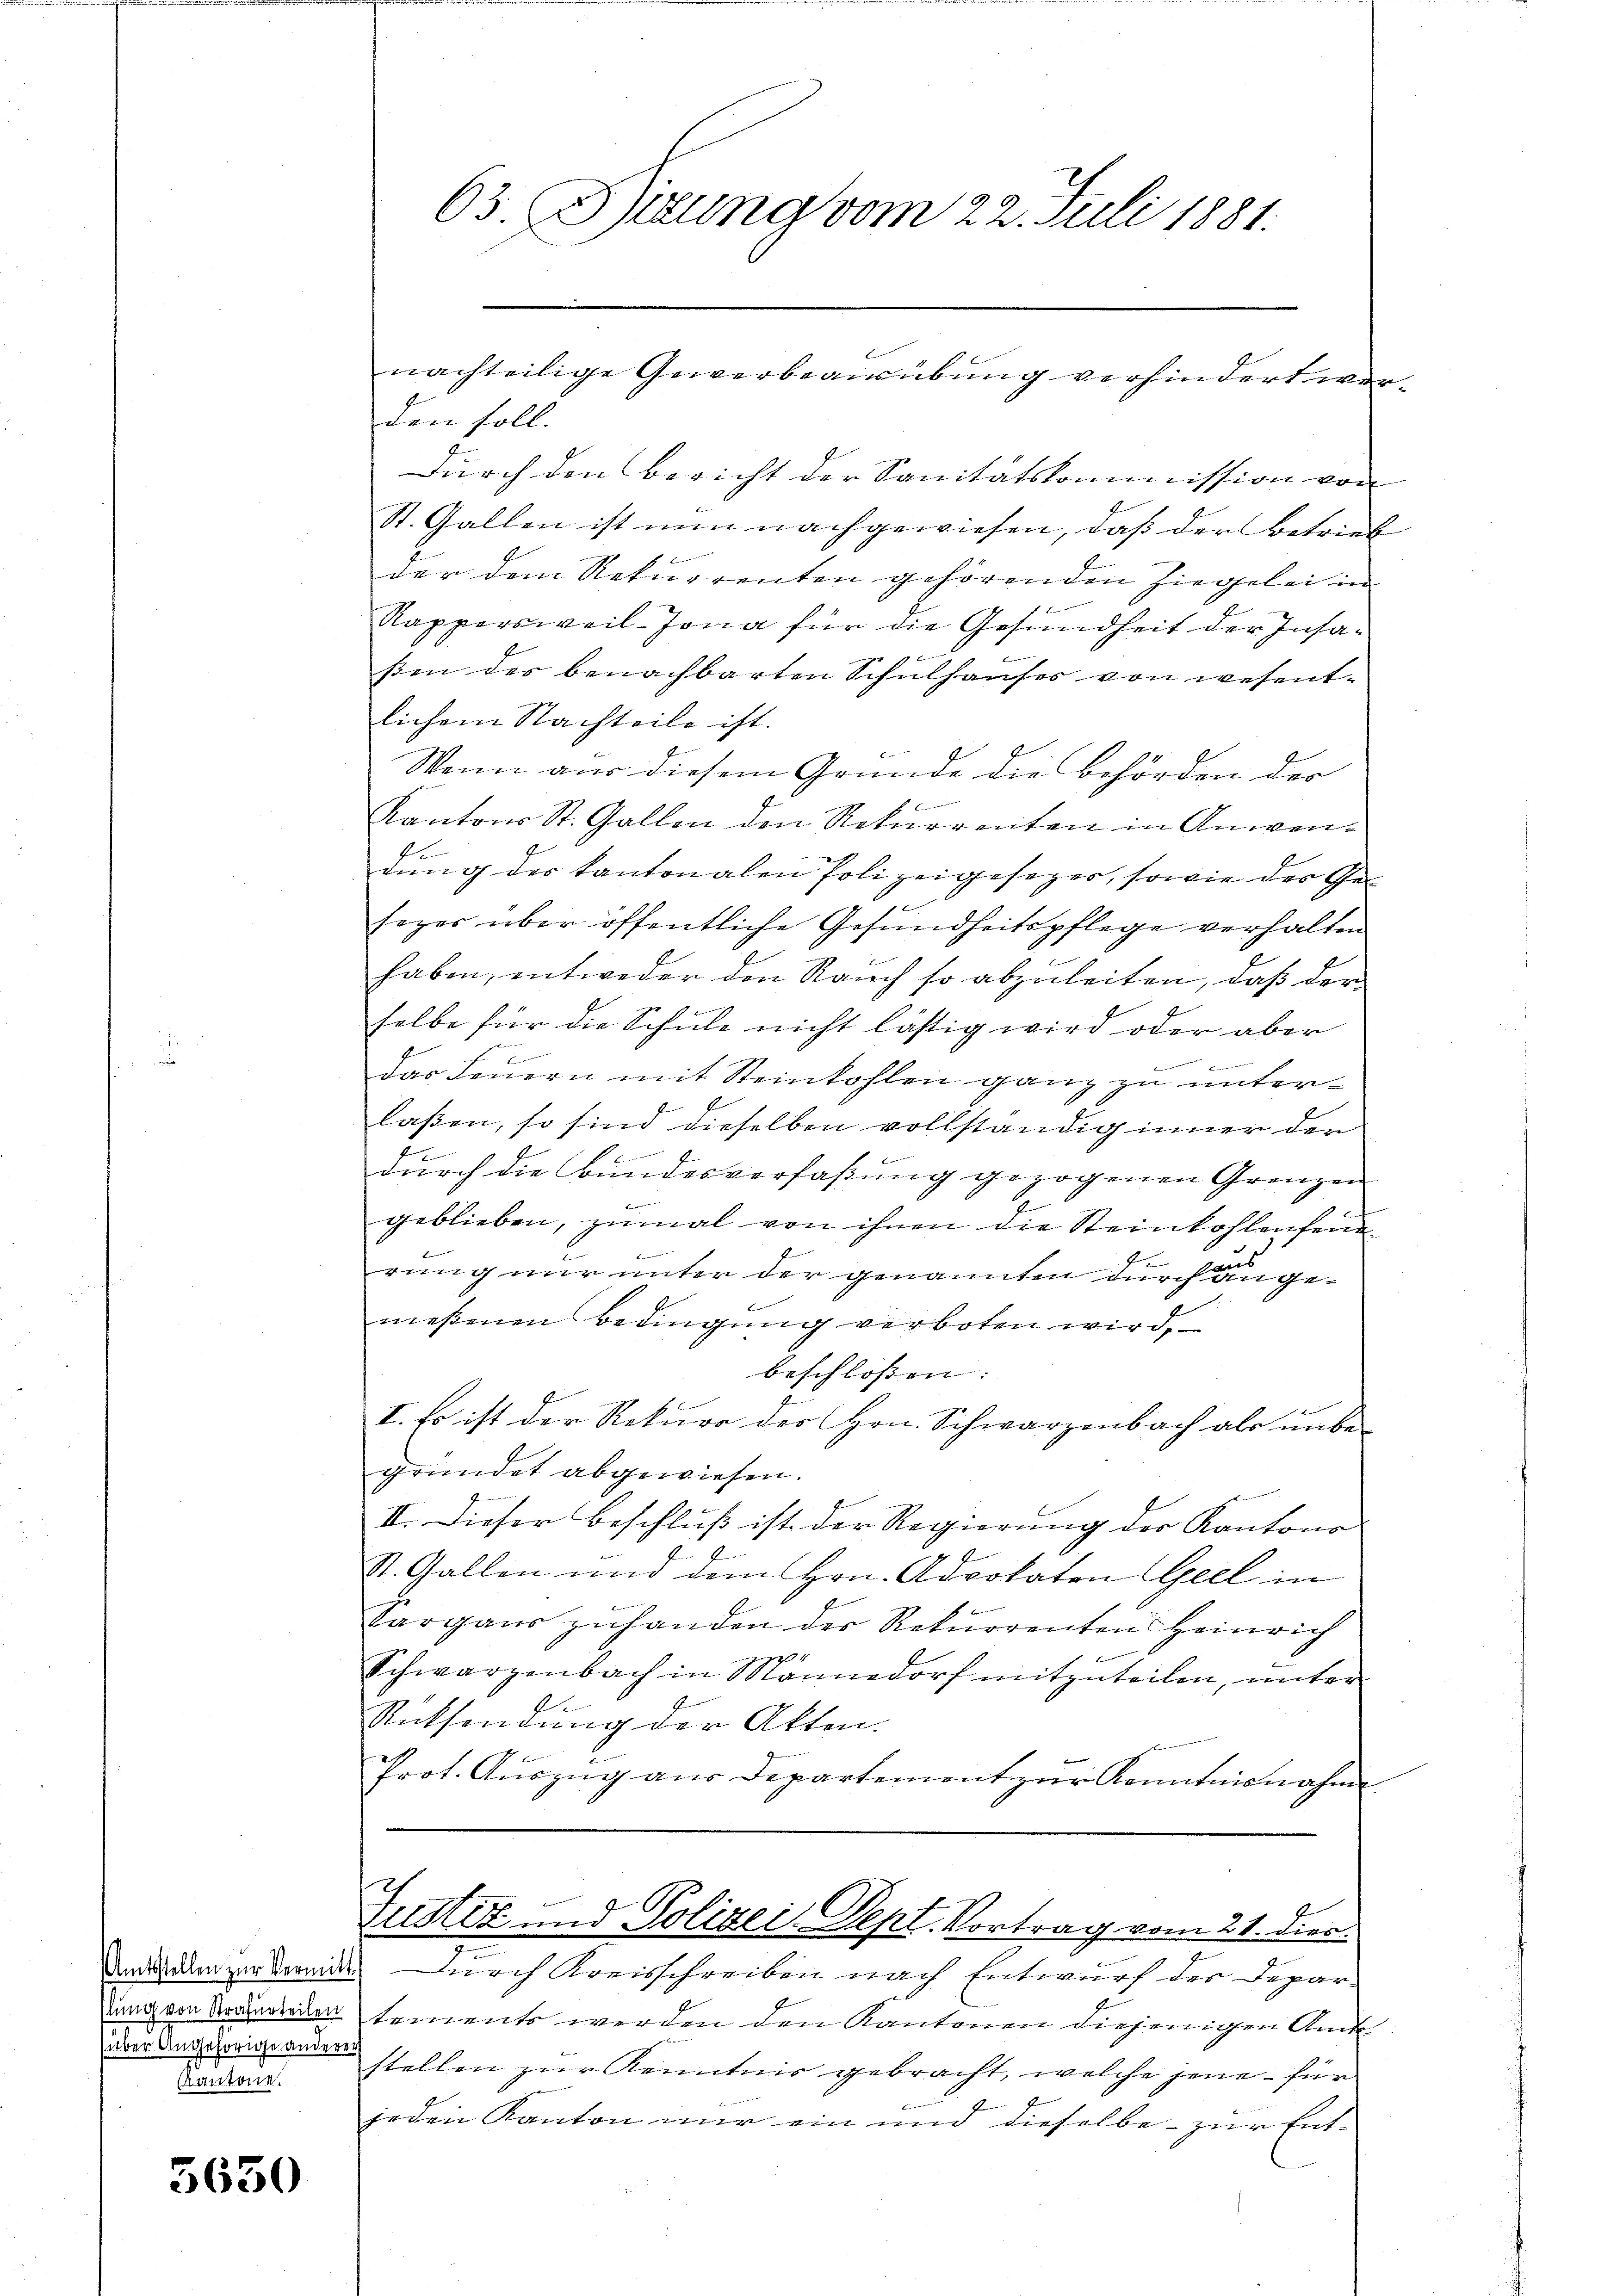
(über Angehörige andere

5650

den soll.
Durch den Bericht der Sanitätskommission von
St. Gallen ist nun nachgewiesen, daß der Betrieb
der dem Rekurrenten gehörenden Ziegelei in
Rappersweil-Jona für die Gesundheit der Insae
ßen des benachbarten Schulhauses von wesentlichem Nachteile ist.
Wenn aus diesem Grunde die Behörden der
6
Kantons St. Gallen den Rekurrenten in Anwen¬
.
dung der Kantonalen Polizeigesezer, sowie des Gesezes über öffentliche Gesundheitspflege verhalten
haben, entweder den Rauch so abzuleiten, daß der
selbe für die Schule nicht lästig wird oder aber
Das Feuern mit Steinkohlen ganz zu unterlaßen, so sind dieselben vollständig inner der
durch die Bundesverfaßung gezogenen Grenzen
geblieben, zumal von ihnen die Steinkohlenfeue
f
f
rung nur unter der genannten durch angemeßenen Bedingung verboten wird,
beschlossen: |
I. Es ist der Rekurs des Hrn. Schwarzenbach als unbe-
gründet abgewiesen.
h
II. Dieser Beschluß ist der Regierung der Kantons

St. Gallen und dem Hrn. Advokaten Geel in
f
Sargaŭs zŭhanden der Rekurrenten Heinrich
Schwarzenbach in Männedorf mitzuteilen, unter
Rücksendung der Akten.
Prot. Auszug aus Departement zur Kenntnisnahm.

dden zur Brands durch Kreisschreiben nach Entwurf der Depardung von Branden tements werden den Kantonen diejenigen Amt
Badans stellen zur Kenntnis gebracht, welche jene - für
4
jeden Kanton nur ein und dieselbe - zur Ent-

63. Birung vom 22. Juli 1881.

nachteilige Gewerbeausübung verhindert wor¬

z
l
Justiz und Polizei. Dept. Vortrag vom 21. dies